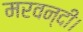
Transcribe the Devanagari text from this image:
मरवन्दी।